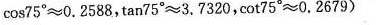
$$\cos 7 5 ° \approx 0 . 2 5 8 8$$，$$\tan 7 5 ° \approx 3 . 7 3 2 0$$，$$\cot 7 5 ° \approx 0 . 2 6 7 9$$)